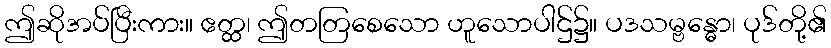
ဤဆိုအပ်ပြီးကား။ ဧတ္ထ၊ ဤတတြစေသော ဟူသောပါဌ်၌။ ပဒသမ္ဗန္ဓော၊ ပုဒ်တို့၏